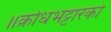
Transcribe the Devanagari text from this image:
॥क्रोधभट्टारको